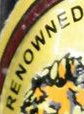
RENOWNED